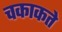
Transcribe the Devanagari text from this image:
चकाकते